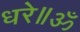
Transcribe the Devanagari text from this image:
धरे॥ॐ